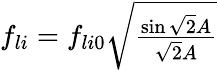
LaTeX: \begin{array}{r}{f_{li}=f_{li0}\sqrt{\frac{\sin\sqrt{2}A}{\sqrt{2}A}}}\end{array}